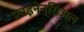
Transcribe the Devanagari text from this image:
फ़ाइनेन्सिअल